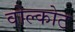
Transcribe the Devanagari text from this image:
वोल्कोट